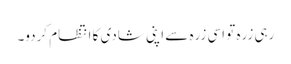
رہی زرہ تو اسی زرہ سے اپنی شادی کا انتظام کردو۔